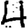
Digit: 4